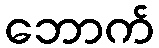
ဘောက်